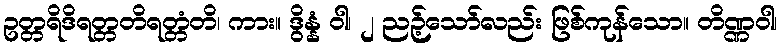
ဥတ္တရိဒိရတ္တတိရတ္တံတိ၊ ကား။ ဒွိန္နံ ဝါ၊ ၂ ညဉ့်သော်လည်း ဖြစ်ကုန်သော။ တိဏ္ဏဝါ၊